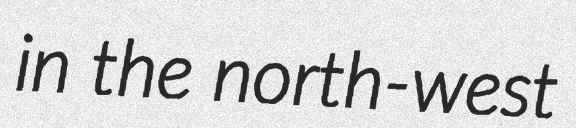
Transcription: in the north-west